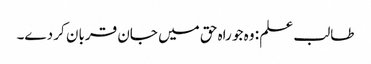
طالب علم : وہ جو راہ حق میں جان قربان کر دے۔